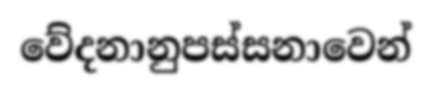
වේදනානුපස්සනාවෙන්